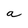
Character: a